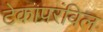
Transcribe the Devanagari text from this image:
टेकापरंविल